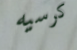
كرسيه